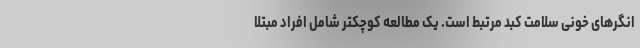
انگرهای خونی سلامت کبد مرتبط است. یک مطالعه کوچکتر شامل افراد مبتلا